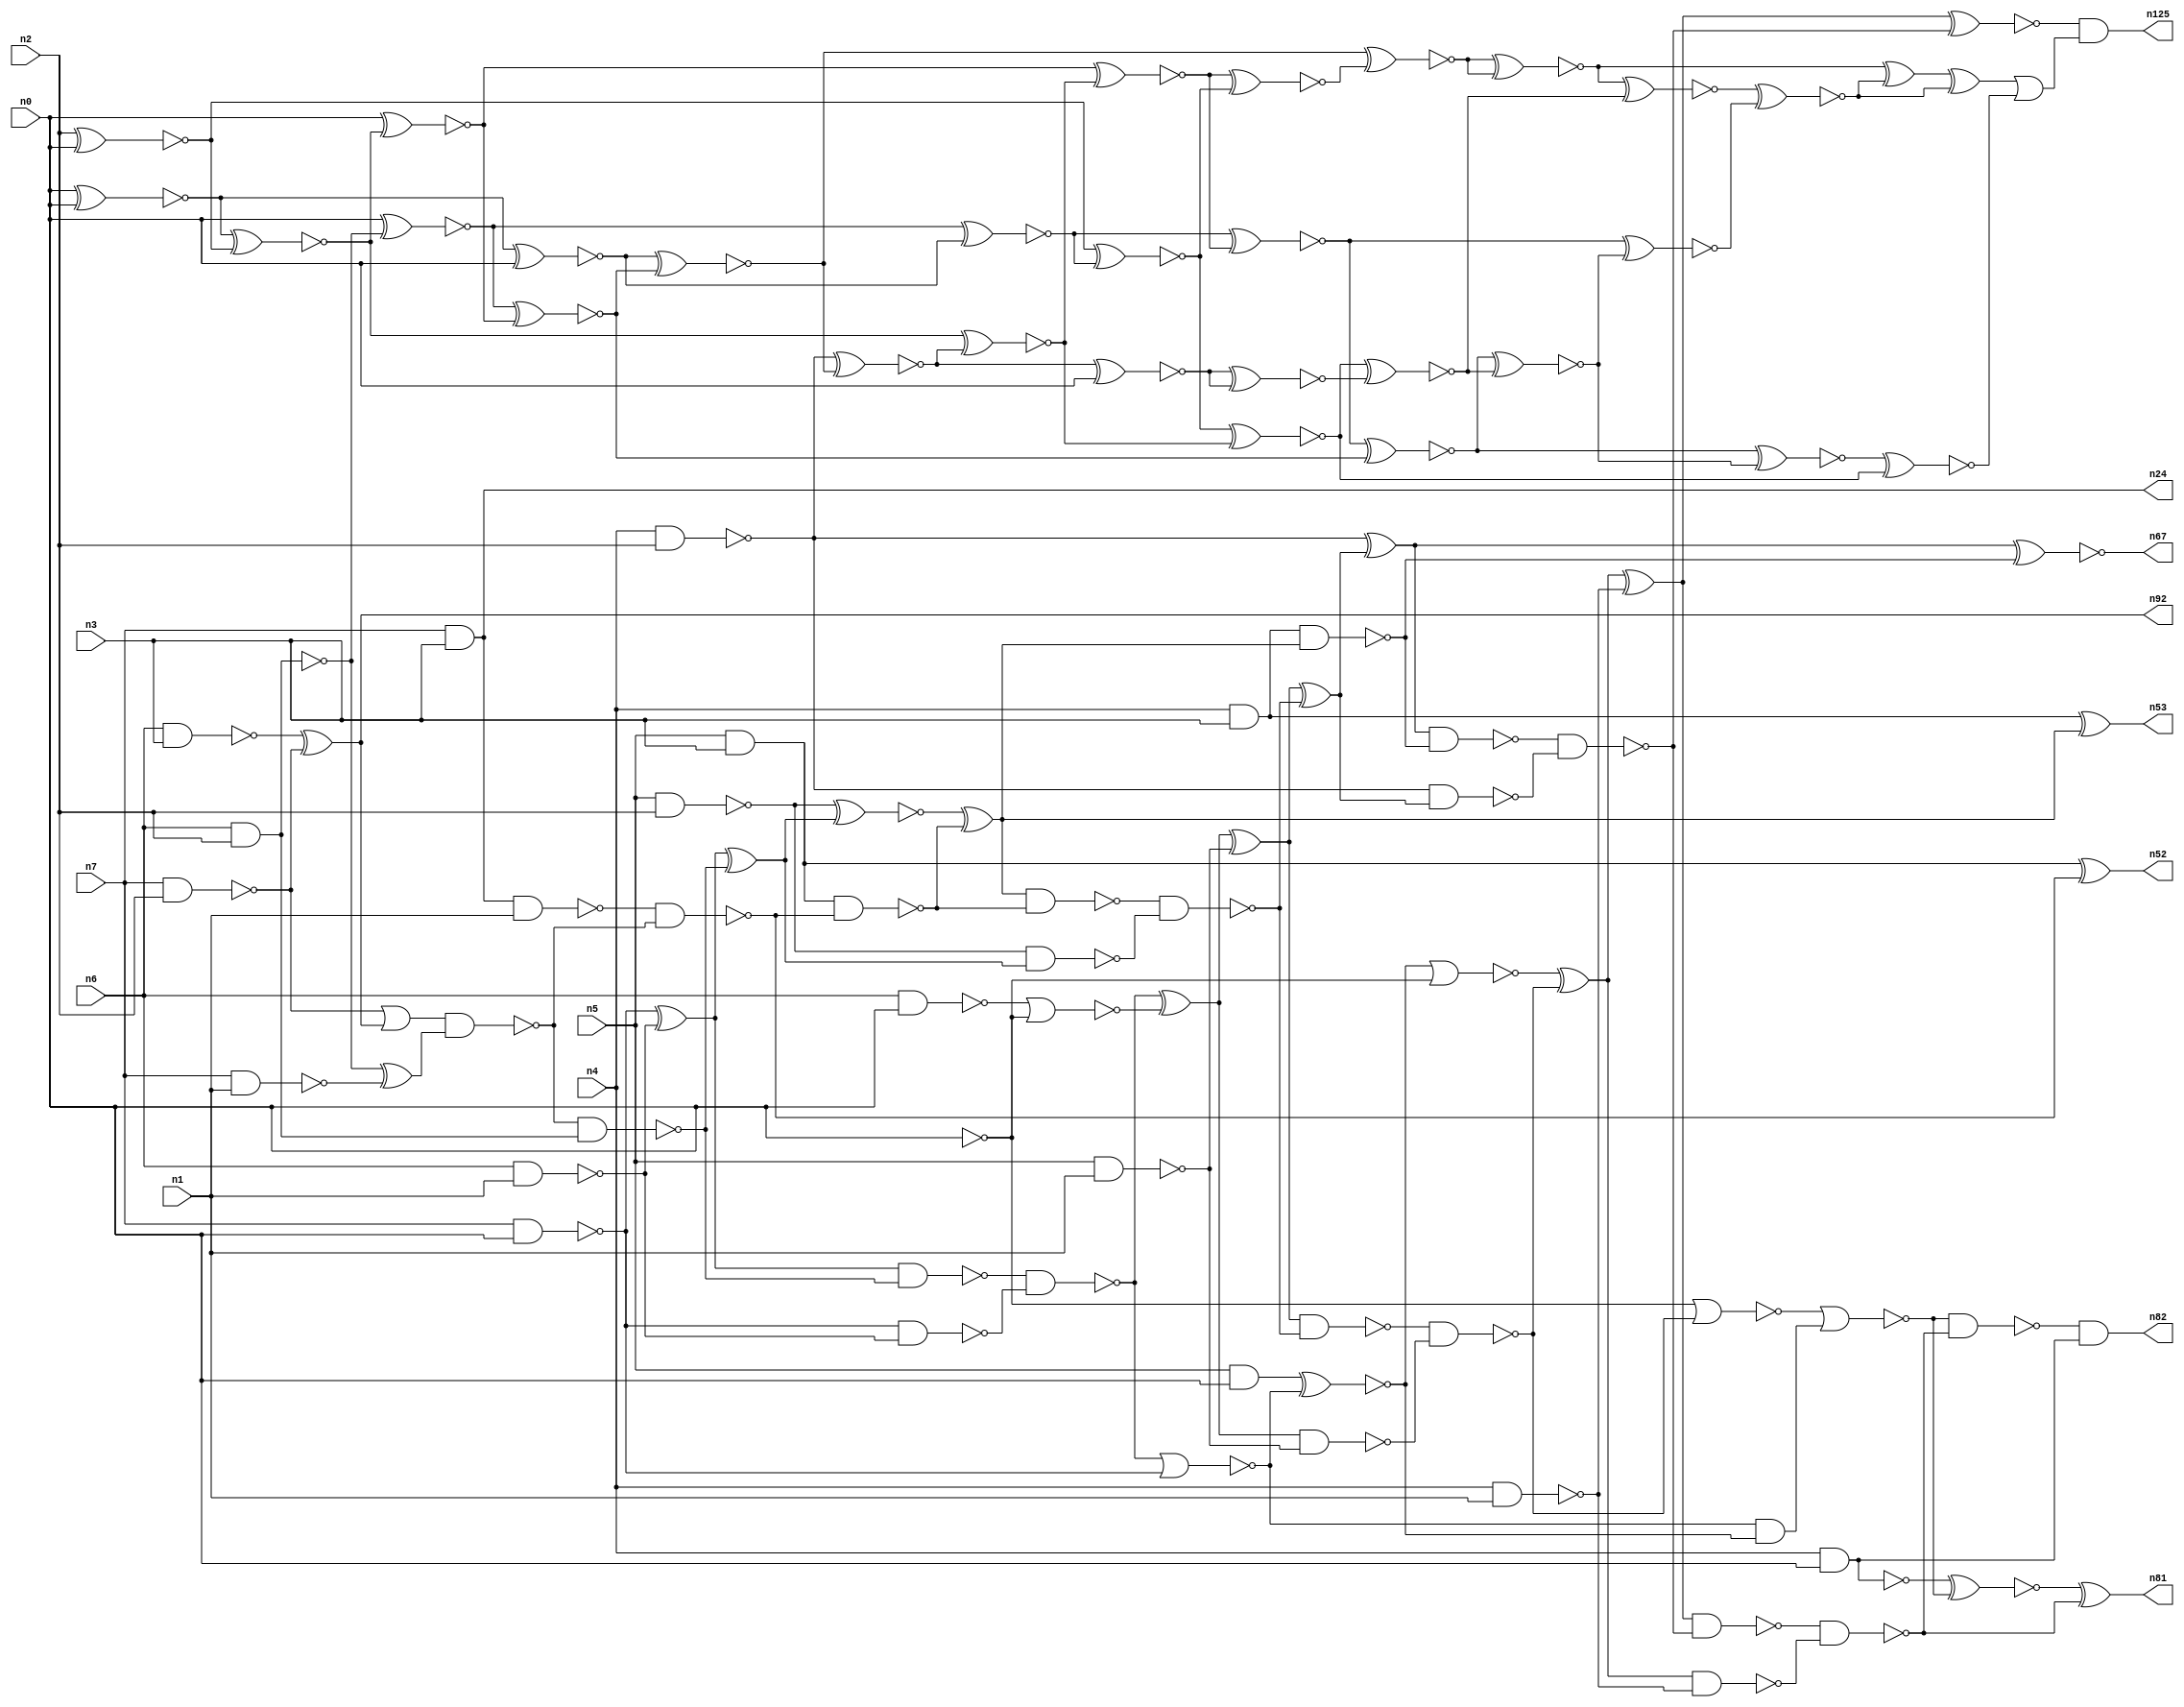
// This file contains a pareto-optimal circuit with respect to area and the fault-resilince parameter p_fault which is defined as:
// "For all input vectors, the ratio of the no. of faults observable at the POs to the no. of total possible faults in the circuit".
// This code is part of the ReCkt library (https://github.com/umar-afzaal/ReCkt) distributed under The MIT License.
// When used, please cite the following article(s):
// U. Afzaal, A.S. Hassan, M. Usman and J.A. Lee, "On the Evolutionary Synthesis of Increased Fault-resilience Arithmetic Circuits".

// p_fault = 58.6 %    (Lower is better)
// gates = 106.0
// levels = 18
// area = 147.07    (For MCNC library relative to nand2)
// power = 898.2 uW    (Berkely-SIS for MCNC library @ Vdd=5V and 20 MHz clock)
// delay = 35.4 ns    (Berkely-ABC for MCNC library)
// PDP = 3.17963e-11 J

// Pin mapping:
// {n0, n1, n2, n3} = A[3:0]
// {n4, n5, n6, n7} = B[3:0]
// {n82, n81, n125, n67, n53, n52, n92, n24} = O[7:0]

module mult4u_area_77 (
n0, n1, n2, n3, n4, n5, n6, n7, 
n82, n81, n125, n67, n53, n52, n92, n24
);

input n0, n1, n2, n3, n4, n5, n6, n7;
output n82, n81, n125, n67, n53, n52, n92, n24;
wire n119, n95, n16, n73, n77, n26, n41, n40, n108, n38, n78, n76, n106, n46, n50, n51, n83, n15, n66, n111, 
n36, n35, n18, n99, n32, n13, n21, n103, n101, n64, n94, n57, n65, n90, n33, n10, n17, n70, n93, n107, 
n96, n97, n109, n61, n19, n58, n68, n74, n44, n20, n62, n60, n28, n89, n91, n59, n80, n100, n27, n105, 
n79, n69, n104, n45, n71, n98, n25, n14, n75, n43, n8, n88, n86, n39, n34, n37, n31, n42, n48, n56, 
n54, n12, n63, n30, n22, n110, n85, n11, n49, n29, n9, n72, n47, n55, n23, n87, n102, n84;

nand (n8, n4, n3);
and (n9, n5, n0);
nand (n10, n6, n1);
nand (n11, n5, n1);
nand (n12, n0, n0);
nand (n13, n6, n2);
nand (n14, n4, n1);
nand (n15, n7, n0);
nand (n16, n7, n1);
nand (n17, n7, n2);
nand (n18, n6, n3);
and (n19, n5, n3);
nand (n20, n6, n0);
nand (n21, n5, n2);
nand (n22, n4, n2);
nand (n23, n4, n0);
and (n24, n7, n3);
xor (n25, n15, n10);
xor (n26, n18, n17);
nand (n27, n15, n10);
nor (n28, n20, n12);
and (n29, n13, n13);
xor (n30, n13, n16);
or (n31, n17, n26);
nand (n32, n8, n8);
xnor (n33, n0, n29);
nand (n34, n24, n1);
nand (n35, n13, n29);
xnor (n36, n0, n0);
nand (n37, n31, n30);
nand (n38, n37, n35);
nand (n39, n34, n37);
nand (n40, n19, n39);
xor (n41, n25, n38);
nand (n42, n25, n38);
xnor (n43, n19, n39);
nand (n44, n21, n41);
and (n45, n40, n40);
nand (n46, n42, n27);
xnor (n47, n21, n41);
xor (n48, n47, n45);
nand (n49, n48, n40);
nor (n50, n46, n15);
xor (n51, n46, n28);
nand (n52, n43, n43);
xor (n53, n32, n48);
xnor (n54, n9, n50);
xor (n55, n51, n11);
nand (n56, n32, n48);
and (n57, n50, n54);
nand (n58, n51, n11);
nand (n59, n49, n44);
nor (n60, n54, n12);
xor (n61, n55, n59);
nand (n62, n55, n59);
nand (n63, n22, n61);
nand (n64, n0, n0);
nand (n65, n62, n58);
xor (n66, n22, n61);
xnor (n67, n66, n56);
xor (n68, n60, n65);
nand (n69, n66, n56);
nor (n70, n64, n65);
xor (n71, n68, n14);
nor (n72, n70, n57);
nand (n73, n68, n14);
nand (n74, n69, n63);
xnor (n75, n71, n74);
xnor (n76, n23, n72);
nand (n77, n23, n23);
nand (n78, n71, n74);
nand (n79, n78, n73);
nand (n80, n72, n79);
xor (n81, n76, n79);
and (n82, n80, n77);
xnor (n83, n2, n0);
xnor (n84, n36, n83);
xnor (n85, n0, n84);
xnor (n86, n33, n85);
xnor (n87, n36, n0);
xnor (n88, n87, n86);
xnor (n89, n22, n88);
xnor (n90, n89, n0);
xnor (n91, n33, n87);
and (n92, n26, n26);
xnor (n93, n84, n89);
xnor (n94, n85, n93);
xnor (n95, n83, n91);
xnor (n96, n91, n94);
xnor (n97, n90, n90);
xnor (n98, n94, n95);
xnor (n99, n88, n98);
xnor (n100, n95, n93);
xnor (n101, n96, n86);
xnor (n102, n99, n99);
xnor (n103, n100, n97);
xnor (n104, n101, n103);
xnor (n105, n102, n103);
xnor (n106, n101, n104);
xnor (n107, n96, n104);
xnor (n108, n105, n107);
xnor (n109, n106, n100);
xor (n110, n102, n108);
xor (n111, n110, n108);
or (n119, n111, n109);
and (n125, n75, n119);

endmodule